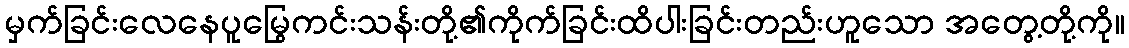
မှက်ခြင်းလေနေပူမြွေကင်းသန်းတို့၏ကိုက်ခြင်းထိပါးခြင်းတည်းဟူသော အတွေ့တို့ကို။